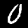
Label: 0